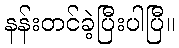
နန်းတင်ခဲ့ပြီးပါပြီ။